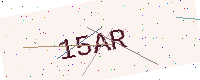
Text: 15AR